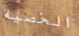
الخصية